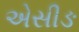
એસીઙ